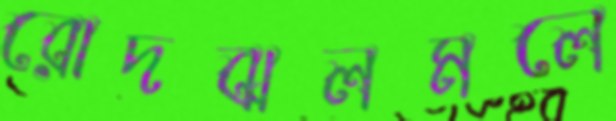
রোদঝলমলে